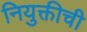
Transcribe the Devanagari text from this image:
नियुक्तीची